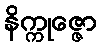
နိက္ကုဇ္ဇော